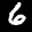
Label: 6